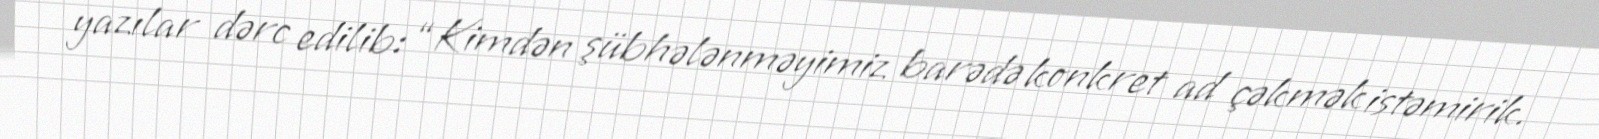
yazılar dərc edilib: “Kimdən şübhələnməyimiz barədə konkret ad çəkmək istəmirik.